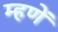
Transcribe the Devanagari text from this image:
म्हणें